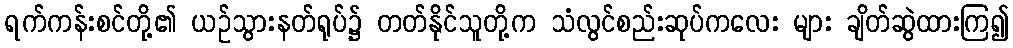
ရက်ကန်းစင်တို့၏ ယဉ်သွားနတ်ရုပ်၌ တတ်နိုင်သူတို့က သံလွင်စည်းဆုပ်ကလေး များ ချိတ်ဆွဲထားကြ၍